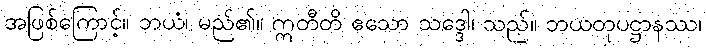
အဖြစ်ကြောင့်။ ဘယံ၊ မည်၏။ ဣတီတိ ဧသော သဒ္ဒေါ၊ သည်။ ဘယတုပဋ္ဌာနဿ၊